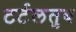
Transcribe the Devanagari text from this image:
टर्टलतुब